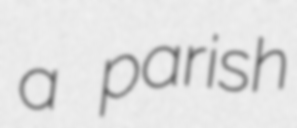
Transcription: a parish